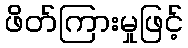
ဖိတ်ကြားမှုဖြင့်